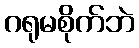
ဂရုမစိုက်ဘဲ